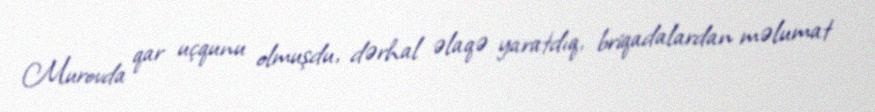
Murovda qar uçqunu olmuşdu, dərhal əlaqə yaratdıq, briqadalardan məlumat